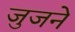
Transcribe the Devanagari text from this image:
जुजने